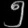
Digit: ၅